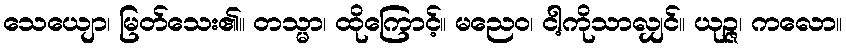
သေယျော၊ မြတ်သေး၏။ တသ္မာ၊ ထိုကြောင့်။ မညေဝ၊ ငါ့ကိုသာလျှင်။ ယုဉ္ဇ၊ ကလော။